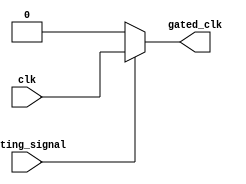
module clock_gating (
    input wire clk,       // Original clock signal
    input wire gating_signal, // Control signal for clock gating
    output wire gated_clk // Gated clock signal
);

// Internal wire for inverted gating signal
wire inv_gating_signal;

// Inverting the gating signal for NMOS control
assign inv_gating_signal = ~gating_signal;

// PMOS transistor behavior (gated clock)
assign gated_clk = (gating_signal) ? clk : 1'b0; // PMOS allows clk when gating_signal is high
// Alternatively, using NMOS transistor behavior
// This assumes that we have a pull-up for the output
assign gated_clk = (inv_gating_signal) ? 1'b0 : clk; // NMOS allows clk when inv_gating_signal is low

endmodule